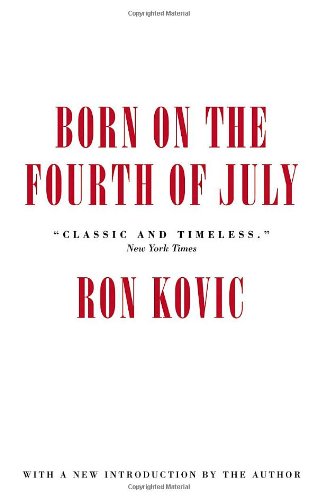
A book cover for Born on the Fourth of July; Ron Kovic; History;